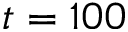
t = 1 0 0